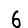
Digit: 6